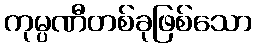
ကုမ္ပဏီတစ်ခုဖြစ်သော